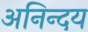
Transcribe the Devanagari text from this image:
अनिन्दय